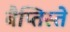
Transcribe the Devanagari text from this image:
बैप्तिस्ते